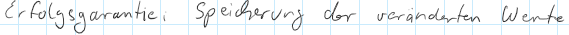
Erfolgsgarantie: Speicherung der veränderten Werte